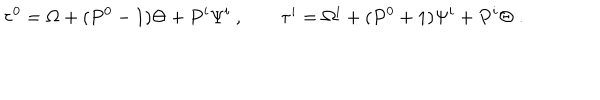
LaTeX: \tau ^ { 0 } = \Omega + ( P ^ { 0 } - 1 ) \Theta + P ^ { i } \Psi ^ { i } ~ , \qquad \tau ^ { i } = \Omega ^ { i } + ( P ^ { 0 } + 1 ) \Psi ^ { i } + P ^ { i } \Theta \; .